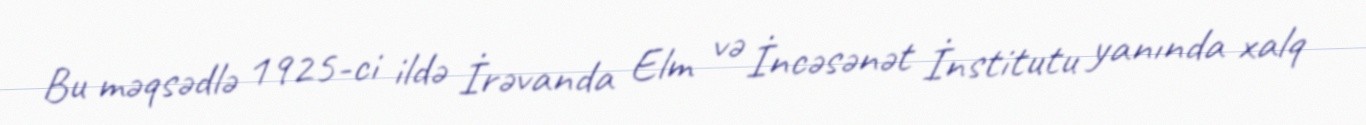
Bu məqsədlə 1925-ci ildə İrəvanda Elm və İncəsənət İnstitutu yanında xalq